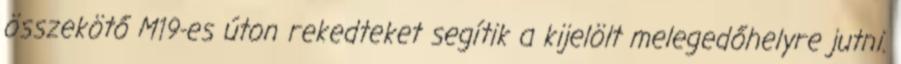
összekötő M19-es úton rekedteket segítik a kijelölt melegedőhelyre jutni.